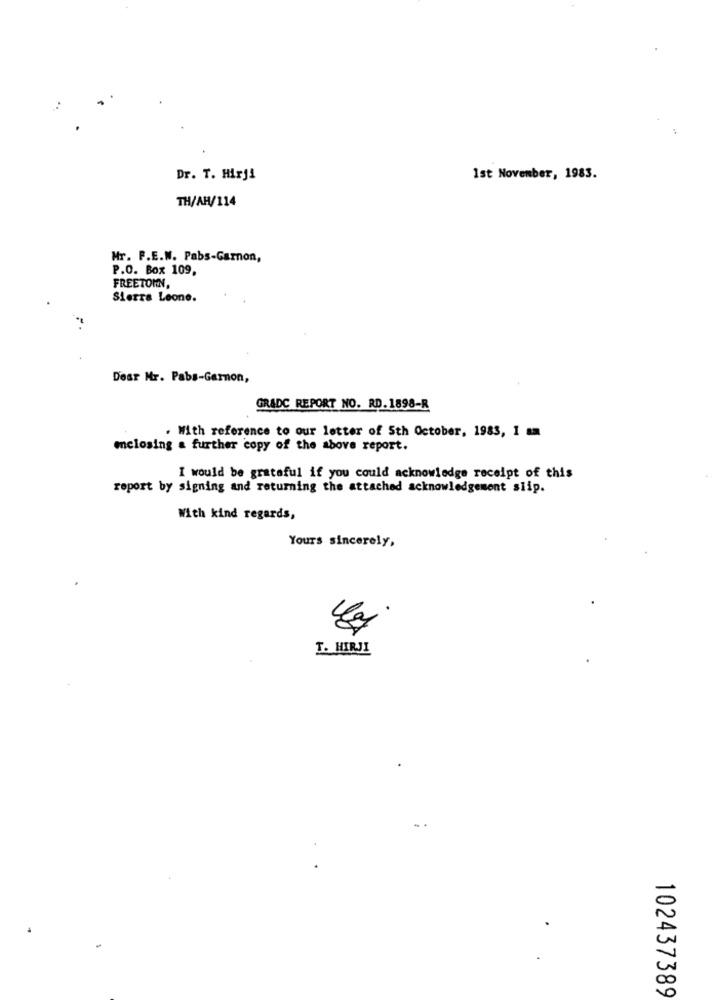
Dr. T. Hirji
1st November, 1983.
TH/AH/114
Mr. P.E.W. Pabs-Garnon,
P.O. Box 109,
FREETOWN,
Sierra Leone.
Dear Mr. Pabs-Garnon,
GRADC REPORT NO. RD. 1898-R
. With reference to our letter of 5th October, 1983, 1 am
enclosing a further copy of the above report.
I would be grateful if you could acknowledge receipt of this
report by signing and returning the attached acknowledgement slip.
With kind regards,
Yours sincerely,
T. HIRJI
102437389